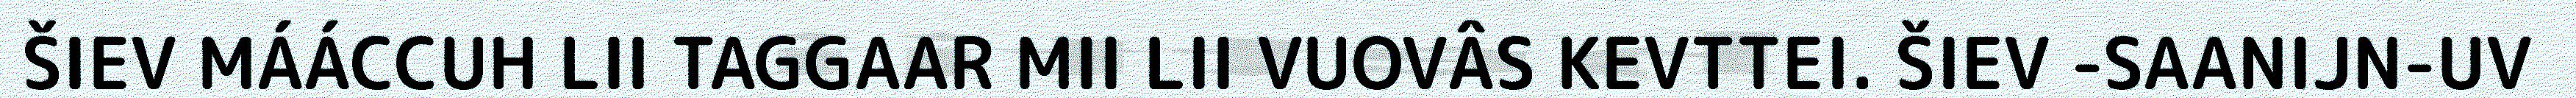
ŠIEV MÁÁCCUH LII TAGGAAR MII LII VUOVÂS KEVTTEI. ŠIEV -SAANIJN-UV